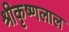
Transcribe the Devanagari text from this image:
श्रीकृष्णलाल